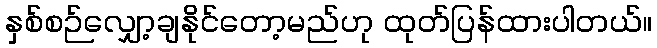
နှစ်စဉ်လျှော့ချနိုင်တော့မည်ဟု ထုတ်ပြန်ထားပါတယ်။